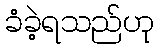
ခံခဲ့ရသည်ဟု